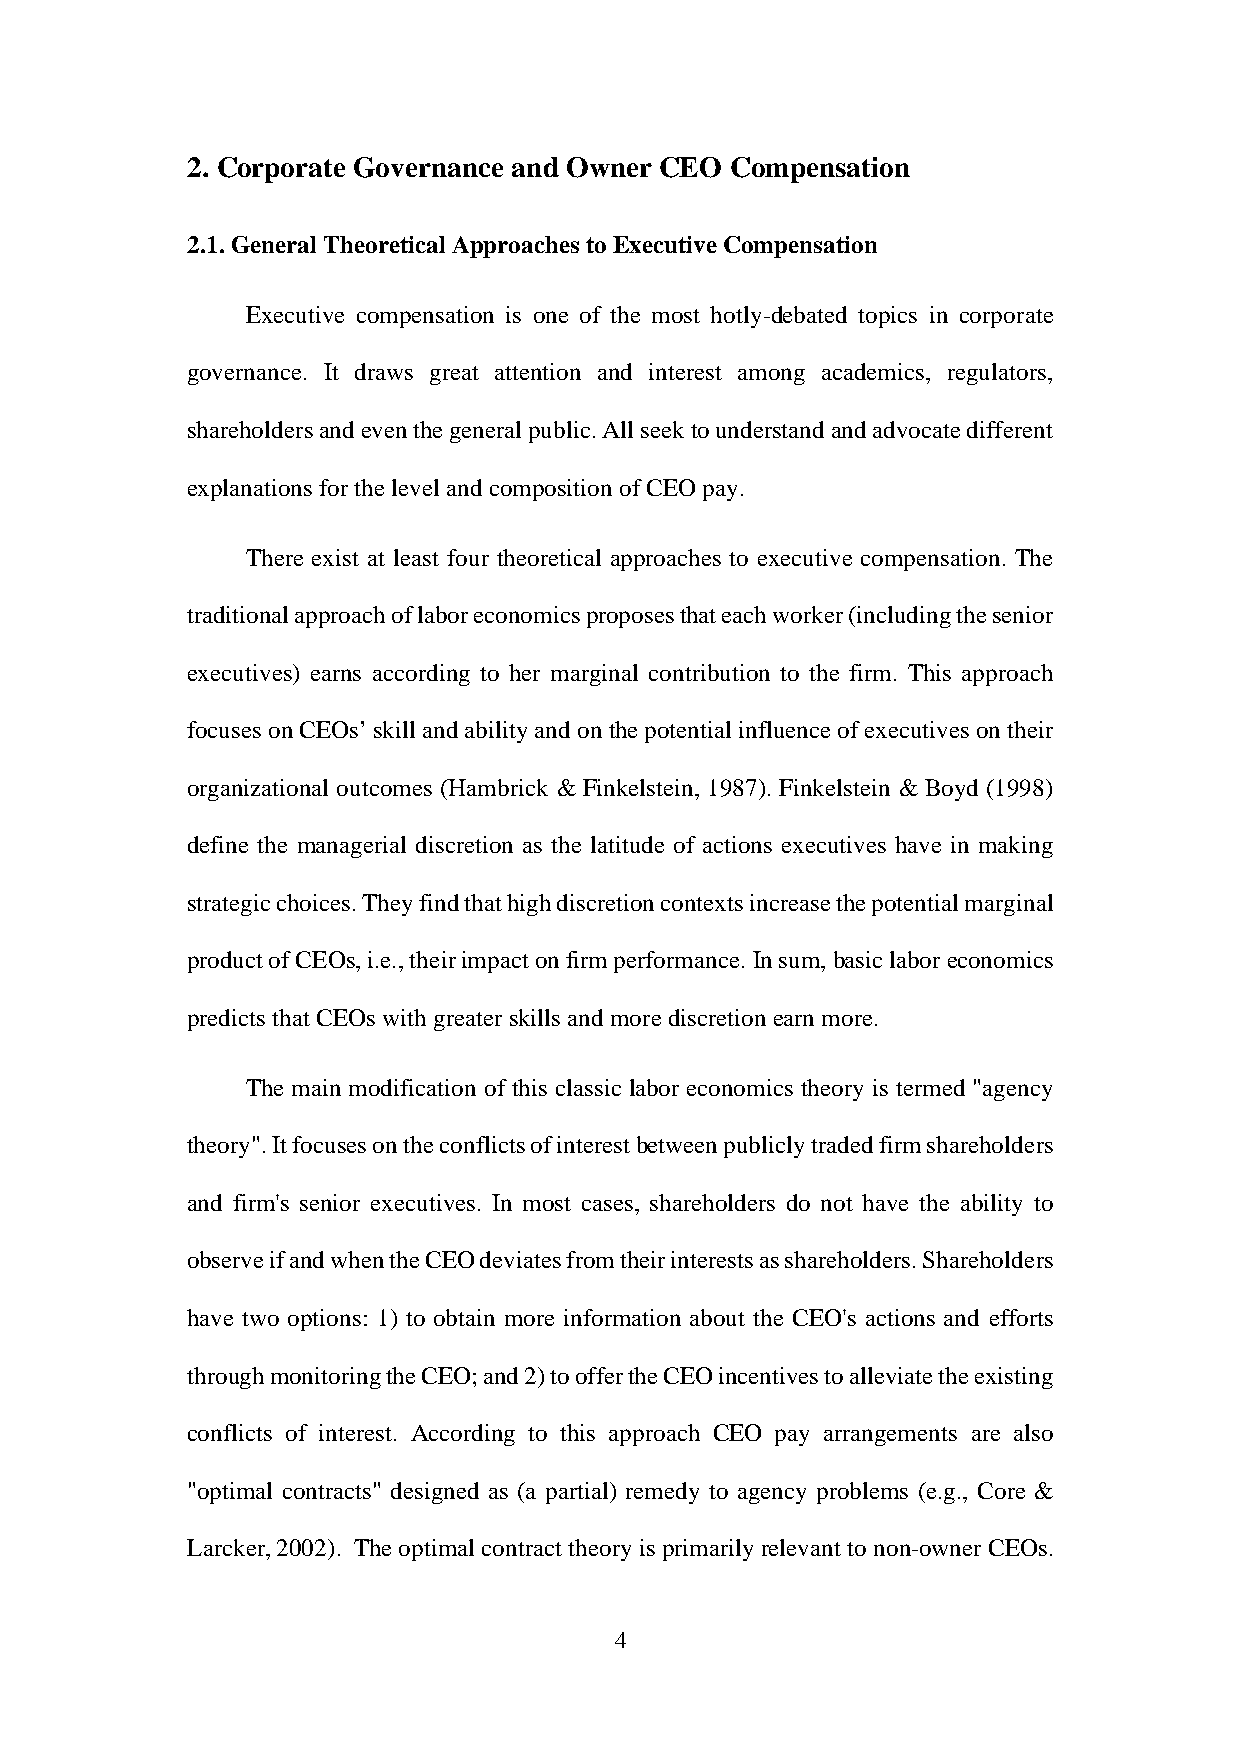
2. Corporate Governance and Owner CEO Compensation
 2.1. General Theoretical Approaches to Executive Compensation
 Executive compensation is one of the most hotly-debated topics in corporate
 governance. It draws great attention and interest among academics, regulators,
 shareholders and even the general public. All seek to understand and advocate different
 explanations for the level and composition of CEO pay.
 There exist at least four theoretical approaches to executive compensation. The
 traditional approach of labor economics proposes that each worker (including the senior
 executives) earns according to her marginal contribution to the firm. This approach
 focuses on CEOs’ skill and ability and on the potential influence of executives on their
 organizational outcomes (Hambrick & Finkelstein, 1987). Finkelstein & Boyd (1998)
 define the managerial discretion as the latitude of actions executives have in making
 strategic choices. They find that high discretion contexts increase the potential marginal
 product of CEOs, i.e., their impact on firm performance. In sum, basic labor economics
 predicts that CEOs with greater skills and more discretion earn more.
 The main modification of this classic labor economics theory is termed "agency
 theory". It focuses on the conflicts of interest between publicly traded firm shareholders
 and firm's senior executives. In most cases, shareholders do not have the ability to
 observe if and when the CEO deviates from their interests as shareholders. Shareholders
 have two options: 1) to obtain more information about the CEO's actions and efforts
 through monitoring the CEO; and 2) to offer the CEO incentives to alleviate the existing
 conflicts of interest. According to this approach CEO pay arrangements are also
 "optimal contracts" designed as (a partial) remedy to agency problems (e.g., Core &
 Larcker, 2002). The optimal contract theory is primarily relevant to non-owner CEOs.
 4